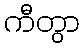
ကီတွာ